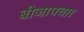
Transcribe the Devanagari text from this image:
बीजापचार